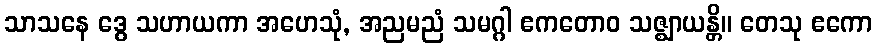
သာသနေ ဒွေ သဟာယကာ အဟေသုံ, အညမညံ သမဂ္ဂါ ဧကတောဝ သဇ္ဈာယန္တိ။ တေသု ဧကော